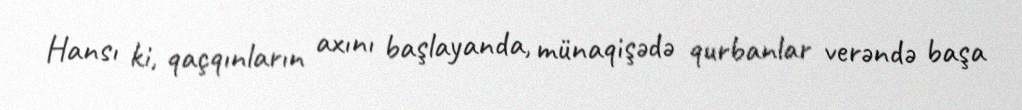
Hansı ki, qaçqınların axını başlayanda, münaqişədə qurbanlar verəndə başa